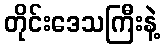
တိုင်းဒေသကြီးနဲ့